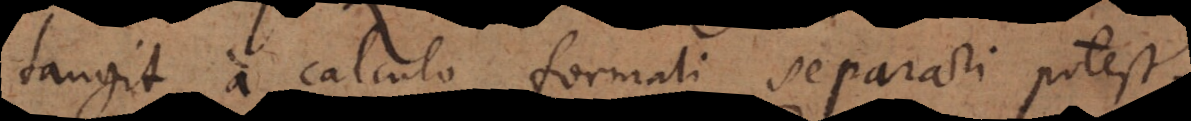
tangit a calculo formali separari potest